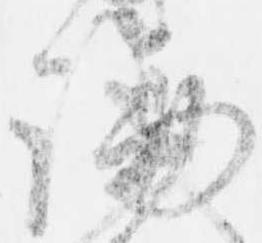
論